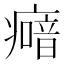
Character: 𤺵